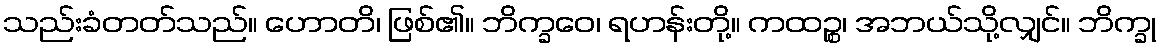
သည်းခံတတ်သည်။ ဟောတိ၊ ဖြစ်၏။ ဘိက္ခဝေ၊ ရဟန်းတို့။ ကထဉ္စ၊ အဘယ်သို့လျှင်။ ဘိက္ခု